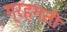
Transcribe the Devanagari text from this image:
ग्रहगती